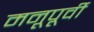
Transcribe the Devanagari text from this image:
मनूपूर्वी